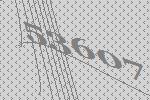
53607